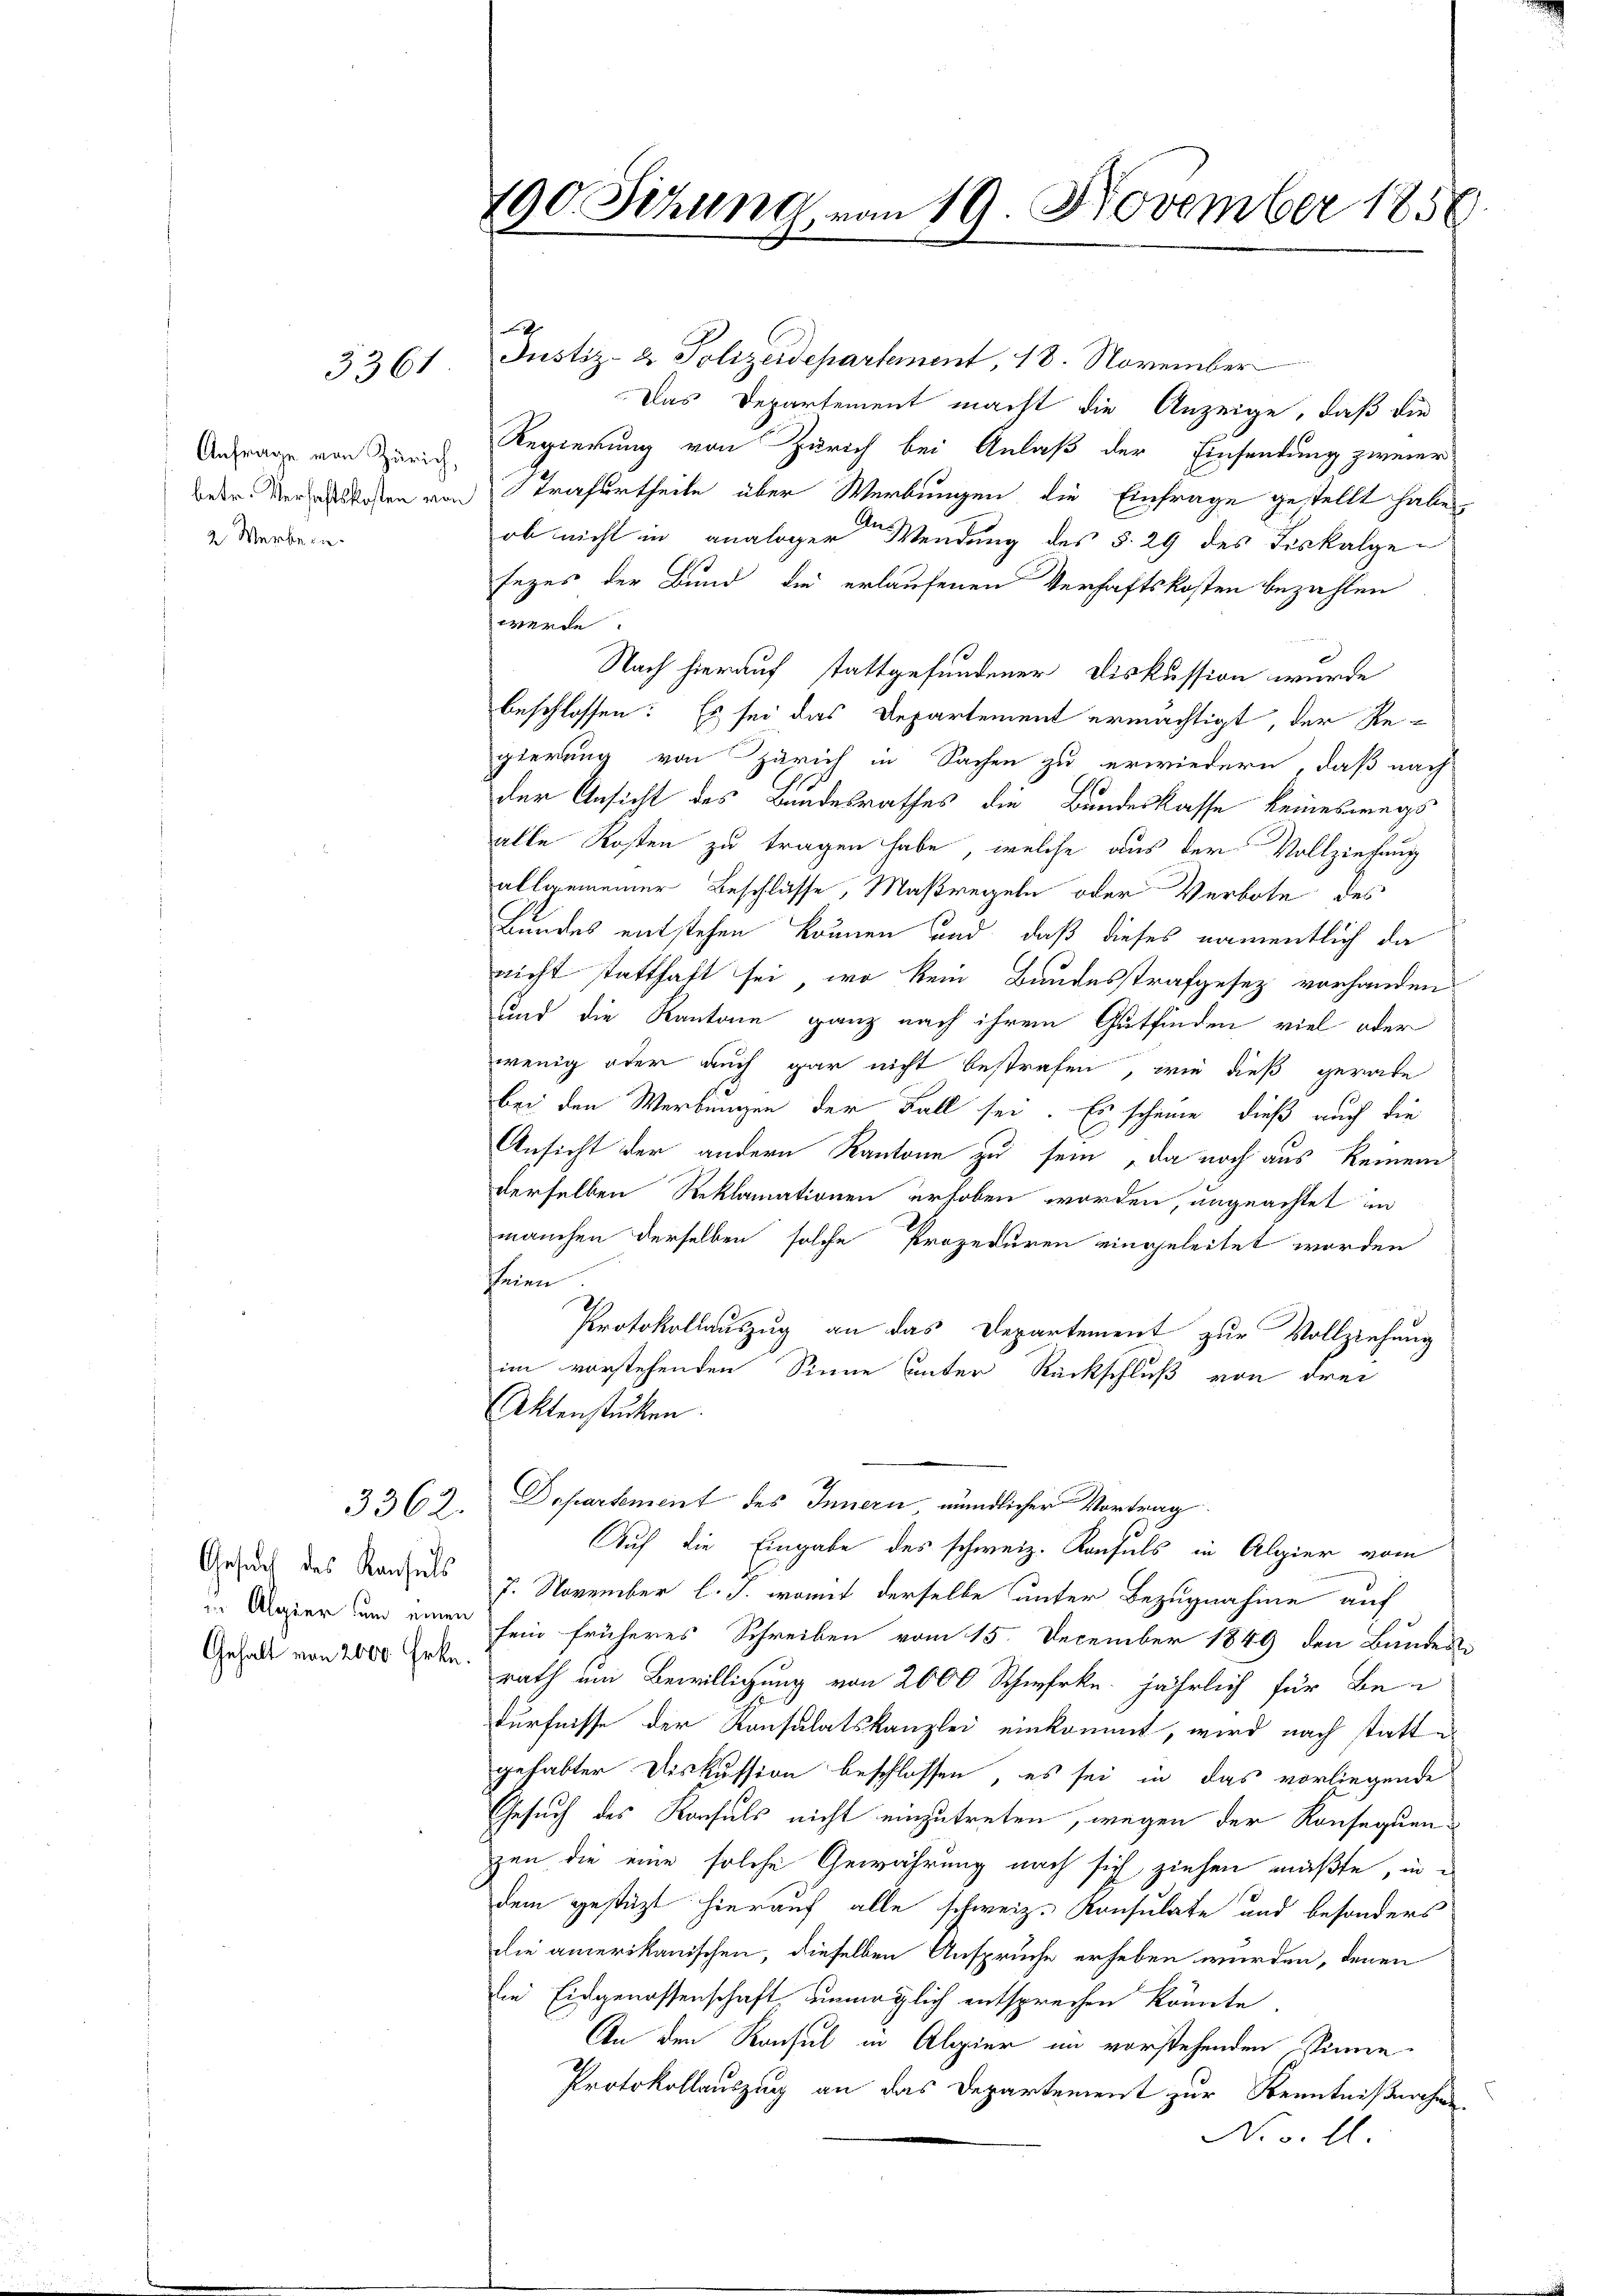
Gesuch des Konsuls
Gehalt von 2000 Frkn.

3361

betr. Verhaftskosten von
2 Verbern

3362.

x

190. Sitzung vom 19. November 1858

Justiz- & Polizeidepartement, 18. November
Das Departement macht die Anzeige, daß die
Anfrage von Zürich Regierung von Zürich bei Anlaß der Einsendung zweier
Strafurtheile über Werbungen die Einfrage gestellt habe
ob nicht in analoger Wendung des §. 29 des Fiskalgesezes der Bund die erlaufenen Verhaftskosten bezahlen
werde.
Nach hierauf stattgefundener Diskussion wurde
beschlossen: Es sei das Departement ermächtigt, der Re-
gierung von Zürich in Sachen zu erwiedern, daß nach
der Ansicht des Bandesrathes die Bundeskasse keineswegs
alle Kosten zu tragen habe, welche aus der Vollziehung
allgemeiner Beschlüsse, Maßregeln oder Verbote des
Bundes entstehen können und daß dieses namentlich da
nicht statthaft sei, wo kein Bandesstrafgesez vorhanden
sind die Kantone ganz nach ihrem Gutfinden viel oder
wenig oder auch gar nicht bestrafen, wie dieß gerade
bei den Werbungen der Fall sei. Es scheine dieß auch die
Ansicht der andern Kantone zu sein , da noch aus keinem
derselben Reklamationen erhoben worden, ungeachtet in
manchen derselben solche Prozeduren eingeleitet worden
seien
Protokollauszug an das Departement zur Vollziehung
im vorstehenden Sinne unter Rückschluß von drei
Aktenstücken.
Departement des Innern mündlicher Vortrag
Auf die Eingabe des schweiz. Konsuls in Alpier vom
7. November l. J. womit derselbe unter Bezugnahme auf
Alaser um einen sein früheres Schreiben vom 15. December 1849 den Bundes
rath um Bewilligung von 2000 Schwerk. jährlich für Be-
dürfnisse der Konsulatskanzlei einkommt, wird nach stattgehabter Diskussion beschlossen, es sei in das vorliegende
Gesuch des Konsuls nicht einzutreten, wegen der Konsequenzen die eine solche Gewährung nach sich ziehen müßte, in
dem gestützt hierauf alle schweiz. Konsulate und besonders
die amerikanischen, dieselben Anspruche erheben wurden, denen
ie Eidgenossenschaft unmöglich entsprechen könnte.
An den Konsul in Algier im vorstehenden Sinne
Protokollauszug an das Departement zur Kenntnißnahme
No. 3. l.